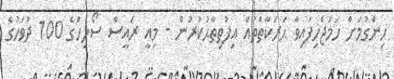
ހިންގުމަށް ހަމަޖެހިފައިވާ ޙަރަކާތްތައް އިފުތިތާޙުކުރުން - މިއީ ރައީސް ސޯލިހްގެ 100 ދުވަހުގެ